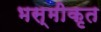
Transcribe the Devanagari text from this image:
भस्मीकृत